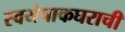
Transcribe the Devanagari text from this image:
स्वयंपाकघराची